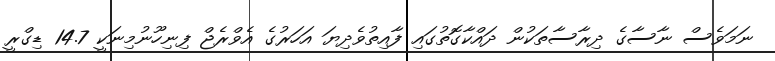
ނަމަވެސް ނާސާގެ ދިރާސާތަކުން ދައްކާގޮތުގައި ފާއިތުވެދިޔަ އަހަރުގެ އެވްރެޖް ފިނިހޫނުމިނަކީ 14.7 ޑިގްރީ